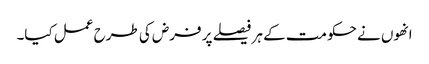
انھوں نے حکومت کے ہر فیصلے پر فرض کی طرح عمل کیا۔